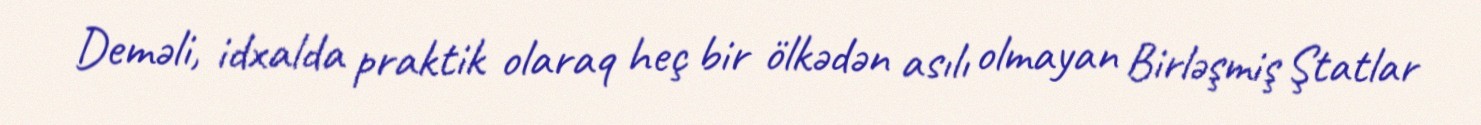
Deməli, idxalda praktik olaraq heç bir ölkədən asılı olmayan Birləşmiş Ştatlar